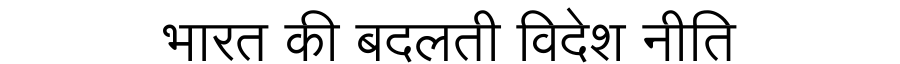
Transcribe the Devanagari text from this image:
भारत की बदलती विदेश नीति